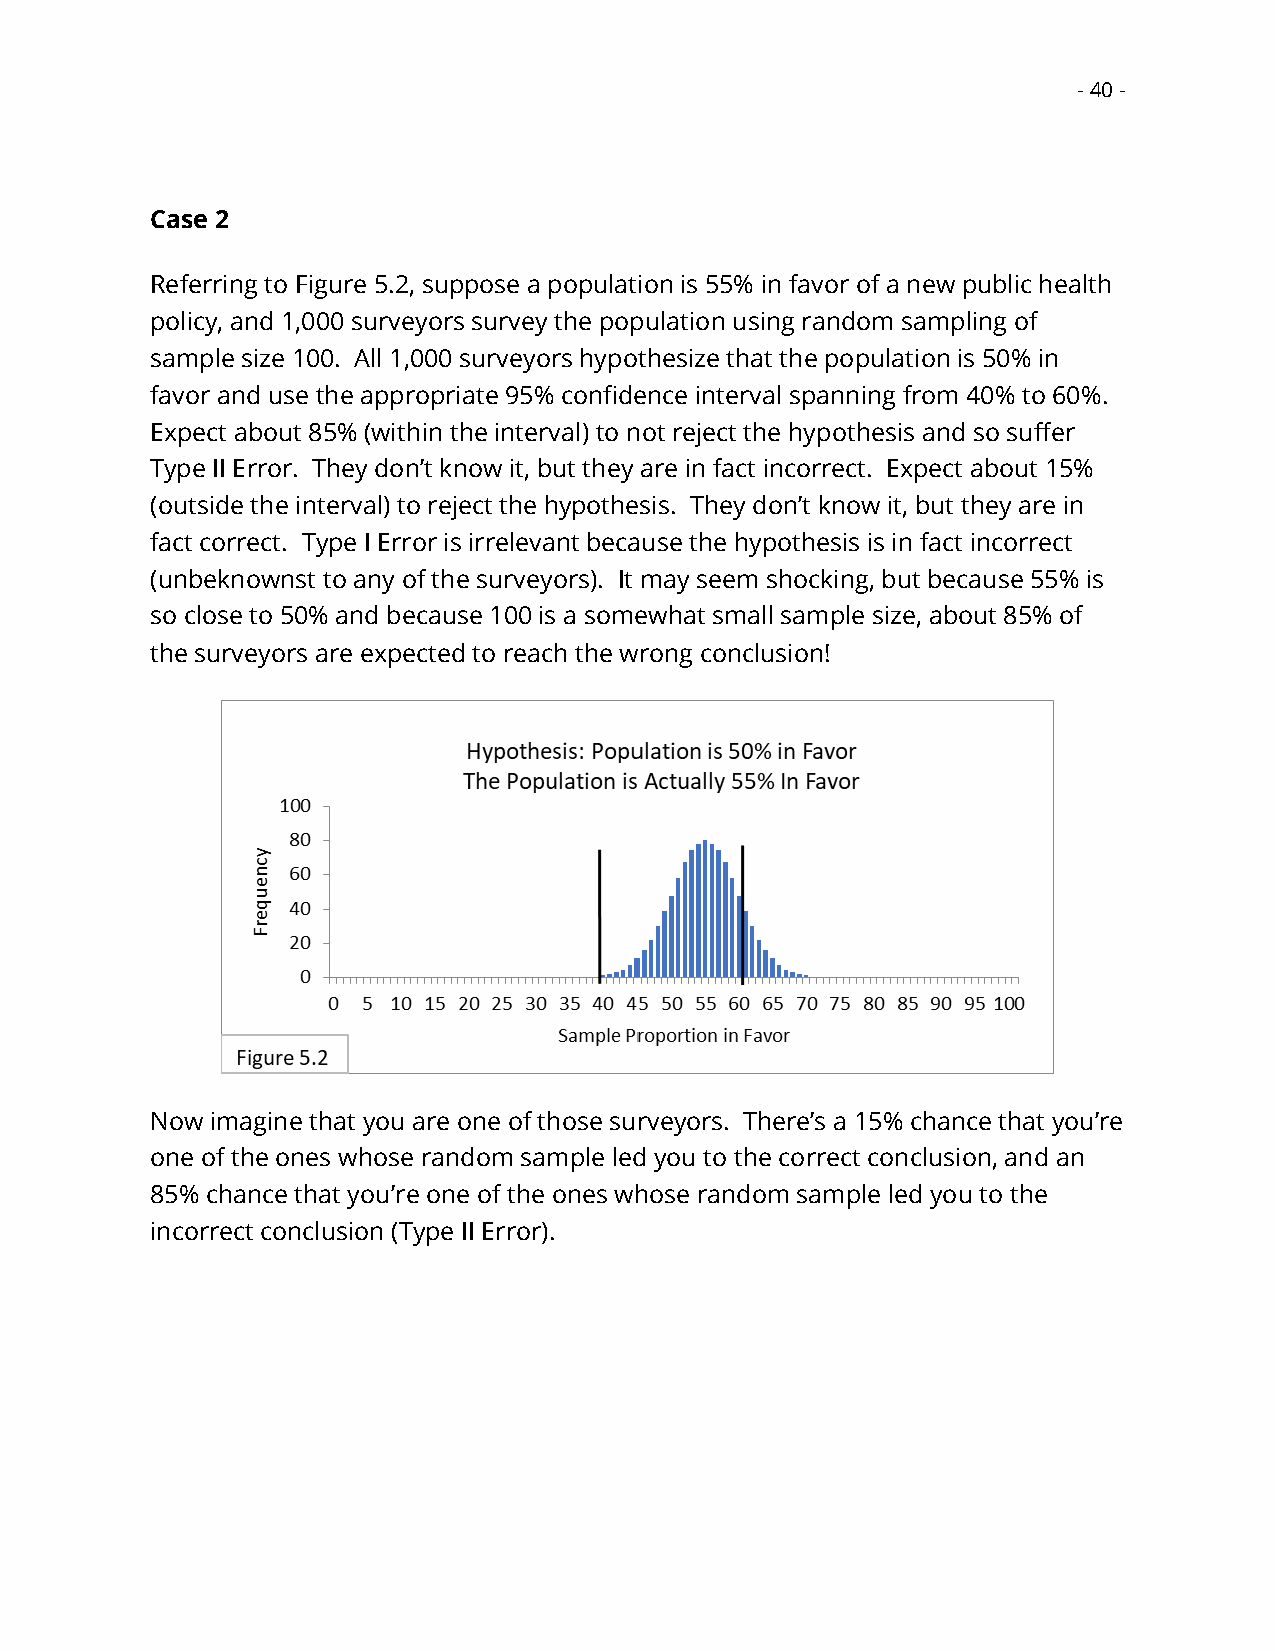
- 40 -
 Case 2
 Referring to Figure 5.2, suppose a population is 55% in favor of a new public health
 policy, and 1,000 surveyors survey the population using random sampling of
 sample size 100. All 1,000 surveyors hypothesize that the population is 50% in
 favor and use the appropriate 95% confidence interval spanning from 40% to 60%.
 Expect about 85% (within the interval) to not reject the hypothesis and so suffer
 Type II Error. They don’t know it, but they are in fact incorrect. Expect about 15%
 (outside the interval) to reject the hypothesis. They don’t know it, but they are in
 fact correct. Type I Error is irrelevant because the hypothesis is in fact incorrect
 (unbeknownst to any of the surveyors). It may seem shocking, but because 55% is
 so close to 50% and because 100 is a somewhat small sample size, about 85% of
 the surveyors are expected to reach the wrong conclusion!
 Now imagine that you are one of those surveyors. There’s a 15% chance that you’re
 one of the ones whose random sample led you to the correct conclusion, and an
 85% chance that you’re one of the ones whose random sample led you to the
 incorrect conclusion (Type II Error).